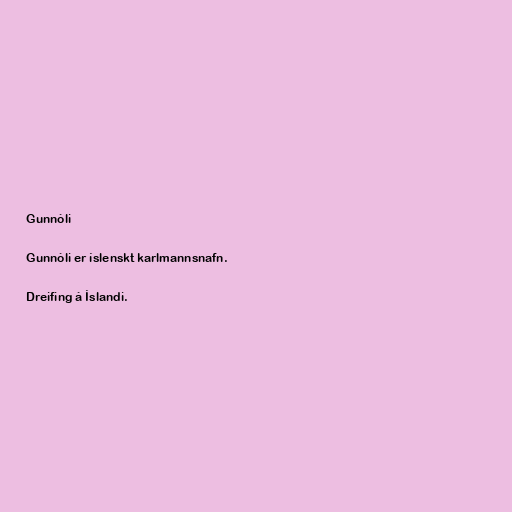
Gunnóli

Gunnóli er íslenskt karlmannsnafn.

Dreifing á Íslandi.